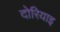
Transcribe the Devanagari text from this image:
दोरियाइ